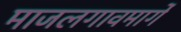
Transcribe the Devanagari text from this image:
माजलगावमार्गे